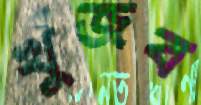
খুঁজব